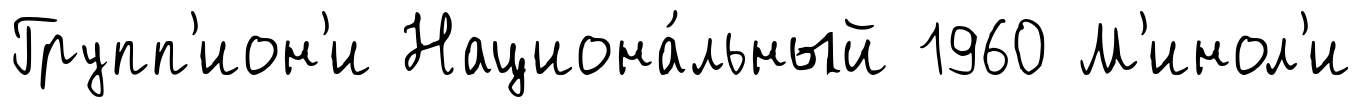
Групп'ион'и Национа́льный 1960 М'инол'и